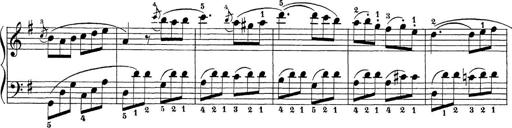
Title: Sonatina Album
Composer: Louis KÃ¶hler